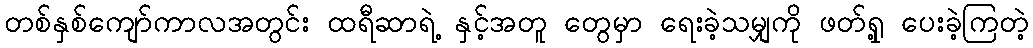
တစ်နှစ်ကျော်ကာလအတွင်း ထရီဆာရဲ့ နှင့်အတူ တွေမှာ ရေးခဲ့သမျှကို ဖတ်ရှု့ ပေးခဲ့ကြတဲ့